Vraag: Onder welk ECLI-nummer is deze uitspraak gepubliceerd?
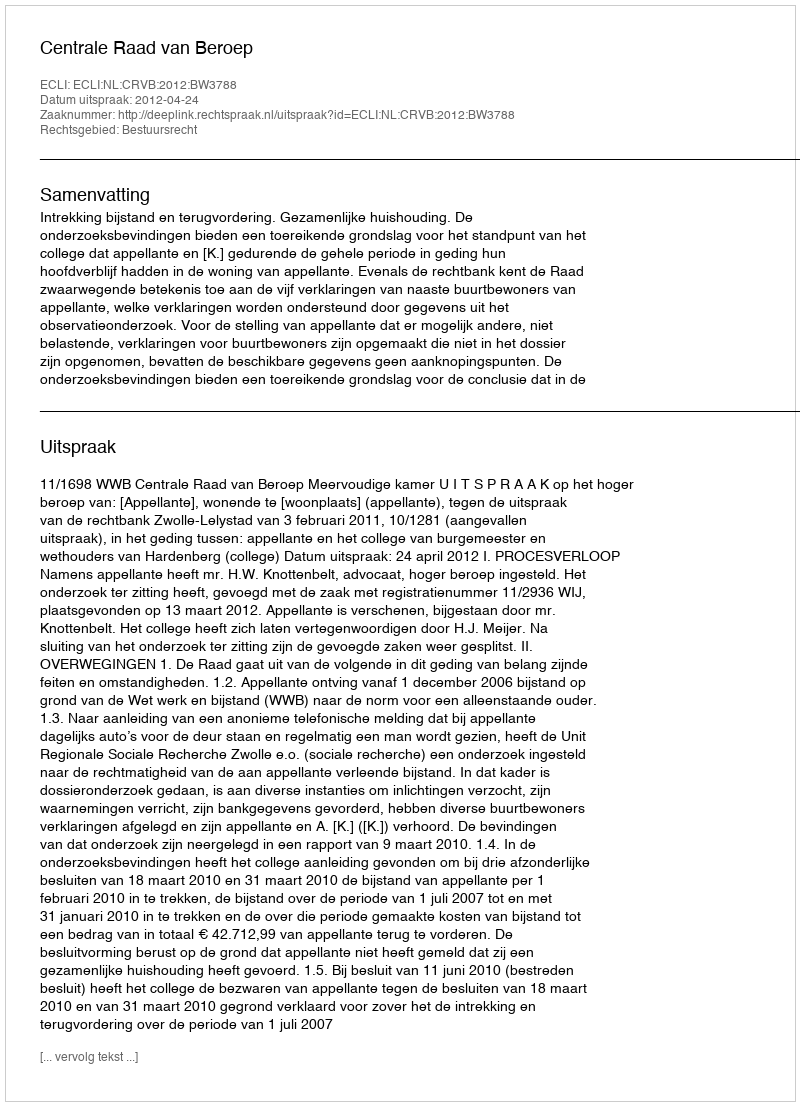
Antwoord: ECLI:NL:CRVB:2012:BW3788